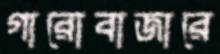
গারোবাজারে